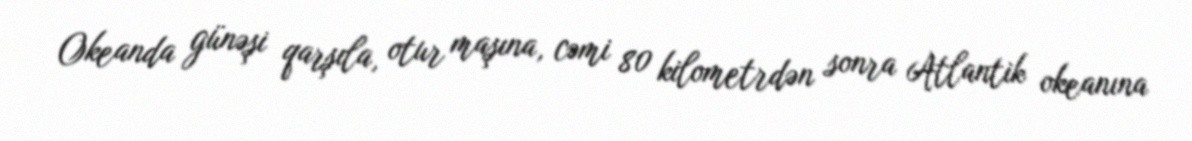
Okeanda günəşi qarşıla, otur maşına, cəmi 80 kilometrdən sonra Atlantik okeanına